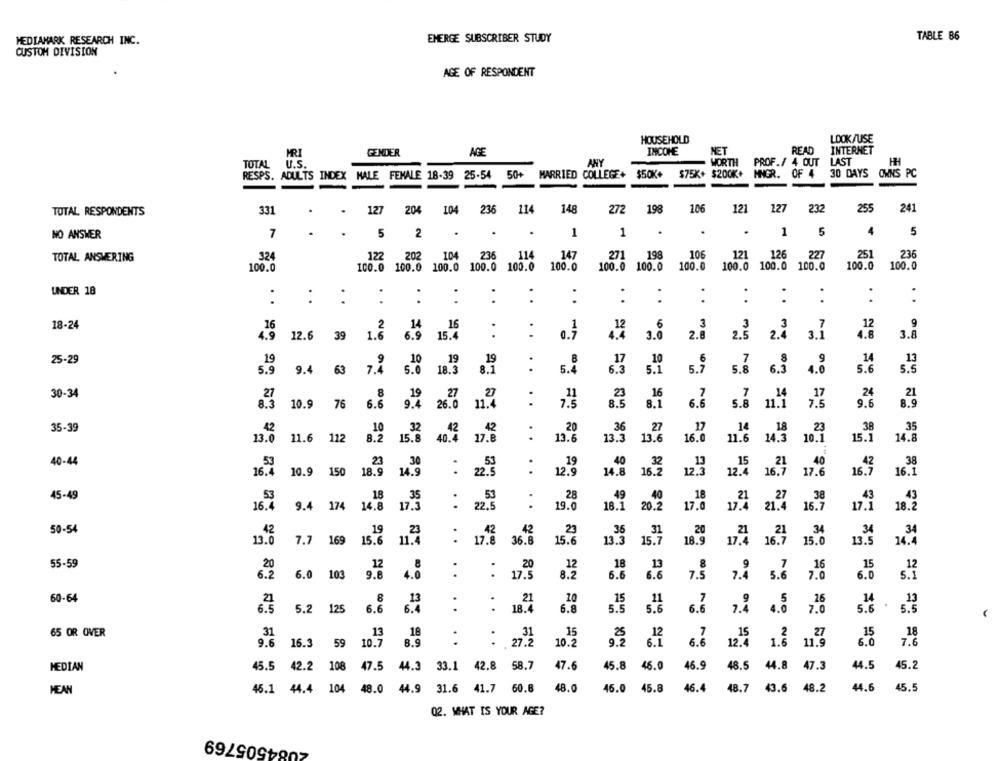
EMERGE SUBSCRIBER STUDY
TABLE 86
MEDIAMARK RESEARCH INC.
CUSTOM DIVISION
AGE OF RESPONDENT
HOUSEHOLD
LOOKJUSE
MRI
GENDER
AGE
INCOME
NET
READ
INTERNET
WORTH PROF./ 4 OUT LAST
HH
TOTAL U.S.
ANY
RESPS. ADULTS INDEX MALE FEMALE 18-39 25-54 50+
MARRIED COLLEGE+ $50K+ $75K+ $200K+ MMGR. OF 4
30 DAYS OWNS PC
TOTAL RESPONDENTS
331
127
204
104
236
114
148
272
198
106
121
127
232
255
241
NO ANSWER
7
.
.
5
2
1
1
.
1
5
4
5
TOTAL ANSWERING
324
122
202
104
236
114
147
271
198
106
121
126
227
251
236
100.0 100.0 100.0 100.0
100.0
100.0
100.0
100.0
100.0
100.0
100.0
100.0
100.0
100.0
100.0
UNDER 18
.
..
:
..
..
. .
..
:
..
.
18-24
14
16
12
6
3
3
3
7
12
9
15.4
.
..
0.7
4.4
2.8
2.5
3.1
4.8
3.8
12.6 39
19
10
6
7
8
9
13
25-29
10
19
17
14
5.9
9.4 63
5.0
18.3
8.1
..
5.4
6.3
5.1
5.7
5.8
6.3
4.0
5.6
5.5
30-34
8
27
27
,11
16
17
24
21
6.6
9.4
19
..
23
8.1
6.6
5.8
14
9.6
8.9
10.9 76
26.0
11.
11.1
7.5
42
36
27
17
14
38
35
35-39
10
32
.42
42
.20
18
23
13.6
11.6 112
15.8
40.4
17.8
13.6
13.5
13.6
16.0
11.6
14.3
10.1
15.1
14.8
40-44
53
23
30
53
19
40
32
13
15
21
40
.42
38
16.4
10.9 150
18.9
14.9
22.
:
12.9
14.8
16.2
12.3
12.4
16.7
17.6
16.7
16.1
53
18
28
18
45-49
35
53
.49
40
.27
38
43
43
16.4
9.4 174 14.8
17.5
..
22,5
19.0
18.1
20.2
17.0
17.4
21.4
16.7
17.
50-54
42
19
.23
42
42
23
36
31
20
21
21
34
34
34
13.0
7.7 169
15.6
11.4
:
17.8
36.
15.
13.3
15.7
18.9
17.4
16.7
15.0
13.
14.
55-59
20
12
18
13
8
9
7
16
15
12
12
6.2
6.0 103
9.6
.
..
17.5
8.2
6.6
6.6
7.5
7.4
5.6
7.0
6.0
5.1
60-64
8
.
21
10
15
11
7
5
16
14
13
6.6
6.4
18.4
6.8
5.5
5.
6.6
4.0
7.0
5.6
5.5
5.2 125
13
18
15
12
15
2
27
15
18
65 OR OVER
31
_31
25
7
9.6
16.3
59
10.7
8.9
27.2
10.2
9.2
6.1
6.6
12.4
1.6
11.9
6.0
7.6
MEDIAN
45.5 42.2
108
47.5
44.3 33.1 42.8
58.7
47.6
45.8
46.0
46.9
48.5
44.8
47.3
44.5
45.2
MEAN
45.1 44.4
48.0
44.9 31.6
41.7 60.8
48.0
46.0
45.8
46.4
48.7
43.6
48.2
44.6
45.5
Q2. WHAT IS YOUR AGE?
2084505769